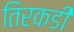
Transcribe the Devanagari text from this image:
तिरकडी